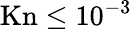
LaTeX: \mathrm{Kn}\le 10^{-3}